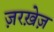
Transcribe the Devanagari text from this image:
ज़रख़ेज़